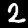
Digit: 2